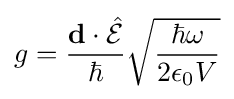
g={\frac {\mathbf {d} \cdot {\hat {\mathcal {E}}}}{\hbar }}{\sqrt {\frac {\hbar \omega }{2\epsilon _{0}V}}}